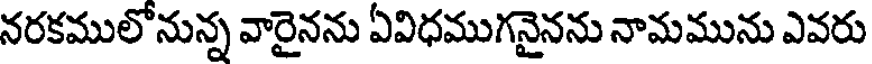
నరకములో నున్న వారైనను ఏవిధముగనైనను నామమును ఎవరు